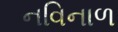
નવિનાળ